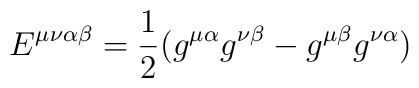
E^{\mu\nu\alpha\beta} = \frac{1}{2} (g^{\mu\alpha} g^{\nu\beta} -   g^{\mu\beta} g^{\nu\alpha})